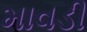
માવડી